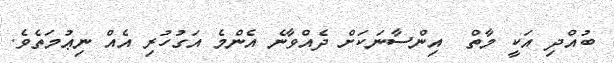
ބުއްދި އަކީ މާތް  އިންސާނަކަށް ދެއްވާނެ އެންމެ އަގުހުރި އެއް ނިޢުމަތެވެ.